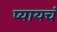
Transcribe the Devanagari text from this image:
प्यायचं